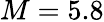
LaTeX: M=5.8